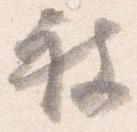
被